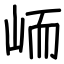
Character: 峏